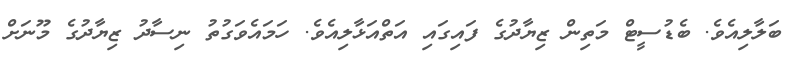
ބަލާލިއެވެ. ބެޑުސީޓް މަތިން ޒިޔާދުގެ ފައިގައި އަތްއަޅާލިއެވެ. ހަމައެވަގުތު ނިސާދު ޒިޔާދުގެ މޫނަށް